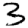
Digit: 3